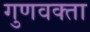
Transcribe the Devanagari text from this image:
गुणवक्ता